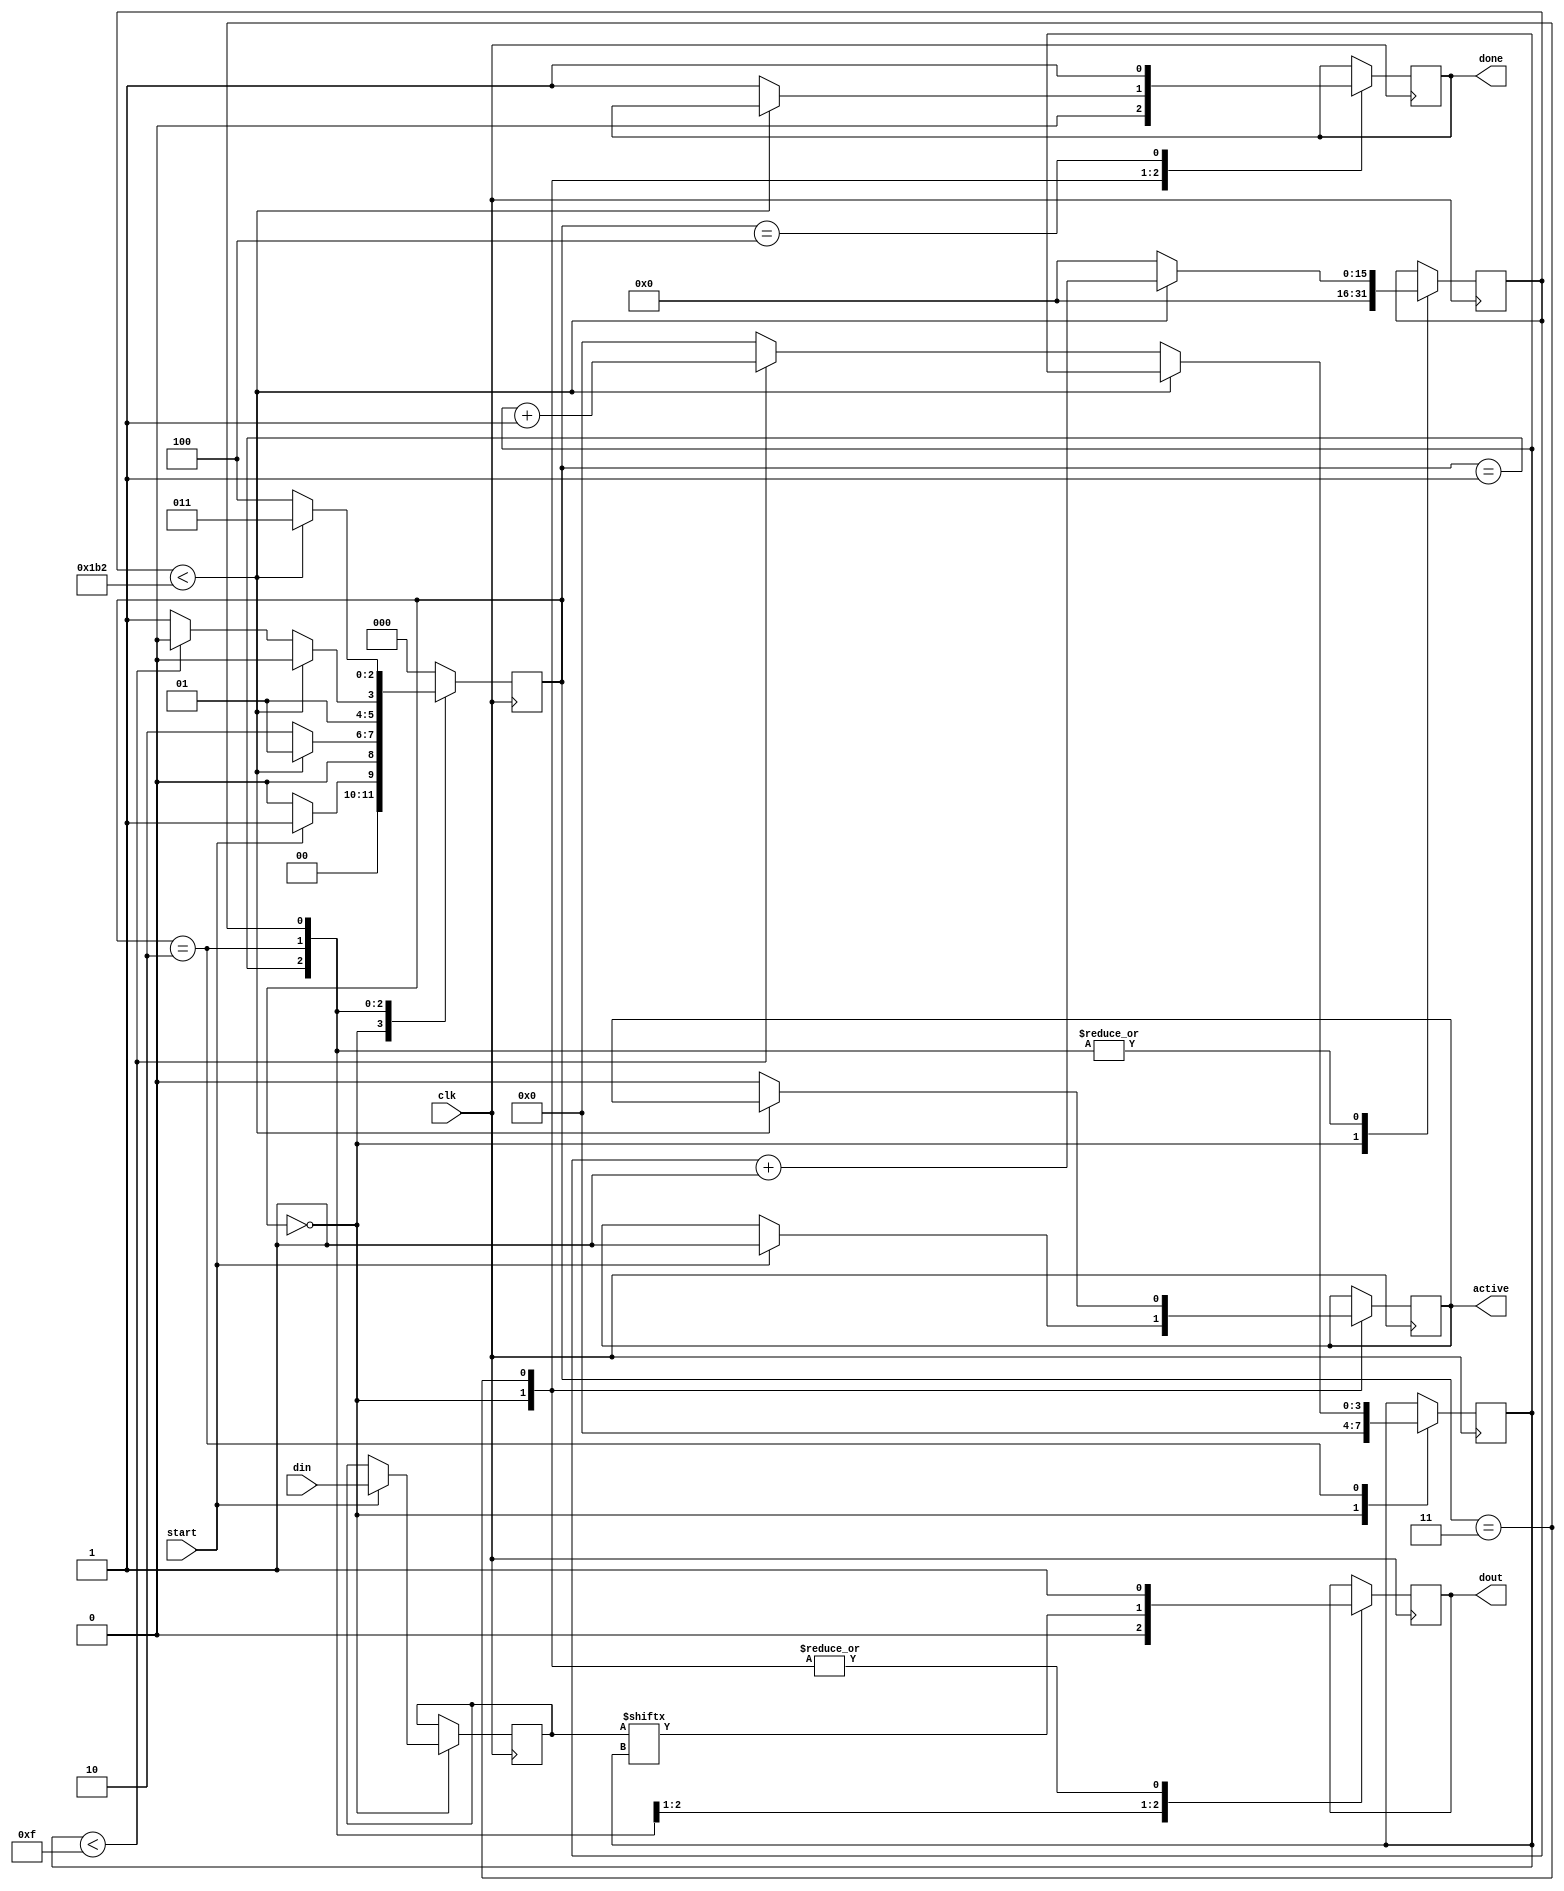
`timescale 1ns / 1ps

module uart_tx 
  (
   input        clk,
   input        start,
   input [15:0] din, 
   output       active,
   output reg   dout,
   output       done
   );

  // 50000000 / 115200 = 435
  parameter CLKS_PER_BIT = 435;
  
  parameter s_IDLE         = 3'b000;
  parameter s_TX_START_BIT = 3'b001;
  parameter s_TX_DATA_BITS = 3'b010;
  parameter s_TX_STOP_BIT  = 3'b011;
  parameter s_CLEANUP      = 3'b100;
   
  reg [2:0]     r_SM_Main     = 0;
  reg [15:0]    r_Clock_Count = 0;
  reg [3:0]     r_Bit_Index   = 0;
  reg [15:0]    r_Tx_Data     = 0;
  reg           r_Tx_Done     = 0;
  reg           r_Tx_Active   = 0;
     
  always @(posedge clk)
    begin
       
      case (r_SM_Main)
        s_IDLE :
          begin
            dout   <= 1'b1;         // Drive Line High for Idle
            r_Tx_Done     <= 1'b0;
            r_Clock_Count <= 0;
            r_Bit_Index   <= 0;
             
            if (start == 1'b1)
              begin
                r_Tx_Active <= 1'b1;
                r_Tx_Data   <= din;
                r_SM_Main   <= s_TX_START_BIT;
              end
            else
              r_SM_Main <= s_IDLE;
          end // case: s_IDLE
         
         
        // Send out Start Bit. Start bit = 0
        s_TX_START_BIT :
          begin
            dout <= 1'b0;
             
            // Wait CLKS_PER_BIT-1 clock cycles for start bit to finish
            if (r_Clock_Count < CLKS_PER_BIT-1)
              begin
                r_Clock_Count <= r_Clock_Count + 1;
                r_SM_Main     <= s_TX_START_BIT;
              end
            else
              begin
                r_Clock_Count <= 0;
                r_SM_Main     <= s_TX_DATA_BITS;
              end
          end // case: s_TX_START_BIT
         
         
        // Wait CLKS_PER_BIT-1 clock cycles for data bits to finish         
        s_TX_DATA_BITS :
          begin
            dout <= r_Tx_Data[r_Bit_Index];
             
            if (r_Clock_Count < CLKS_PER_BIT-1)
              begin
                r_Clock_Count <= r_Clock_Count + 1;
                r_SM_Main     <= s_TX_DATA_BITS;
              end
            else
              begin
                r_Clock_Count <= 0;
                 
                // Check if we have sent out all bits
                if (r_Bit_Index < 15)
                  begin
                    r_Bit_Index <= r_Bit_Index + 1;
                    r_SM_Main   <= s_TX_DATA_BITS;
                  end
                else
                  begin
                    r_Bit_Index <= 0;
                    r_SM_Main   <= s_TX_STOP_BIT;
                  end
              end
          end // case: s_TX_DATA_BITS
         
         
        // Send out Stop bit.  Stop bit = 1
        s_TX_STOP_BIT :
          begin
            dout <= 1'b1;
             
            // Wait CLKS_PER_BIT-1 clock cycles for Stop bit to finish
            if (r_Clock_Count < CLKS_PER_BIT-1)
              begin
                r_Clock_Count <= r_Clock_Count + 1;
                r_SM_Main     <= s_TX_STOP_BIT;
              end
            else
              begin
                r_Tx_Done     <= 1'b1;
                r_Clock_Count <= 0;
                r_SM_Main     <= s_CLEANUP;
                r_Tx_Active   <= 1'b0;
              end
          end // case: s_Tx_STOP_BIT
         
         
        // Stay here 1 clock
        s_CLEANUP :
          begin
            r_Tx_Done <= 1'b1;
            r_SM_Main <= s_IDLE;
          end
         
         
        default :
          r_SM_Main <= s_IDLE;
         
      endcase
    end
 
  assign active = r_Tx_Active;
  assign done   = r_Tx_Done;
   
endmodule